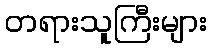
တရားသူကြီးများ